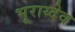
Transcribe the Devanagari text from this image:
भूराय्देव